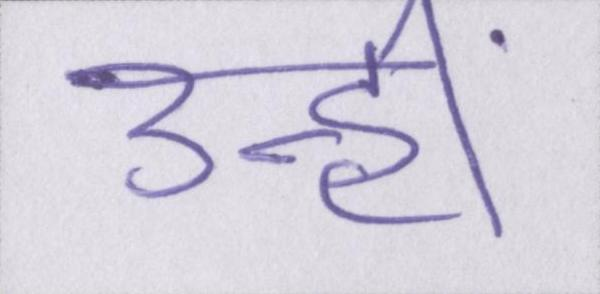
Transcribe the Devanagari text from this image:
उन्हीं